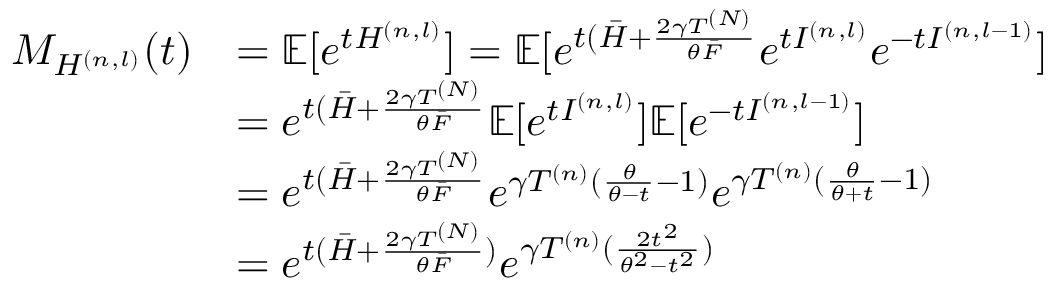
\begin{array} { r l } { M _ { H ^ { ( n , l ) } } ( t ) } & { = \mathbb { E } [ e ^ { t H ^ { ( n , l ) } } ] = \mathbb { E } [ e ^ { t ( \Bar { H } + \frac { 2 \gamma T ^ { ( N ) } } { \theta \Bar { F } } } e ^ { t I ^ { ( n , l ) } } e ^ { - t I ^ { ( n , l - 1 ) } } ] } \\ & { = e ^ { t ( \Bar { H } + \frac { 2 \gamma T ^ { ( N ) } } { \theta \Bar { F } } } \mathbb { E } [ e ^ { t I ^ { ( n , l ) } } ] \mathbb { E } [ e ^ { - t I ^ { ( n , l - 1 ) } } ] } \\ & { = e ^ { t ( \Bar { H } + \frac { 2 \gamma T ^ { ( N ) } } { \theta \Bar { F } } } e ^ { \gamma T ^ { ( n ) } ( \frac { \theta } { \theta - t } - 1 ) } e ^ { \gamma T ^ { ( n ) } ( \frac { \theta } { \theta + t } - 1 ) } } \\ & { = e ^ { t ( \Bar { H } + \frac { 2 \gamma T ^ { ( N ) } } { \theta \Bar { F } } ) } e ^ { \gamma T ^ { ( n ) } ( \frac { 2 t ^ { 2 } } { \theta ^ { 2 } - t ^ { 2 } } ) } } \end{array}